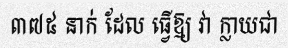
៣៧៥ នាក់ ដែល ធ្វើឱ្យ វា ក្លាយជា